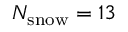
N _ { \mathrm { s n o w } } = 1 3